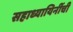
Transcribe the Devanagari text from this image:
सहाध्यायिनींची